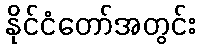
နိုင်ငံတော်အတွင်း